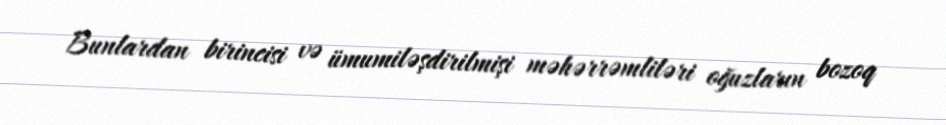
Bunlardan birincisi və ümumiləşdirilmişi məhərrəmliləri oğuzların bozoq